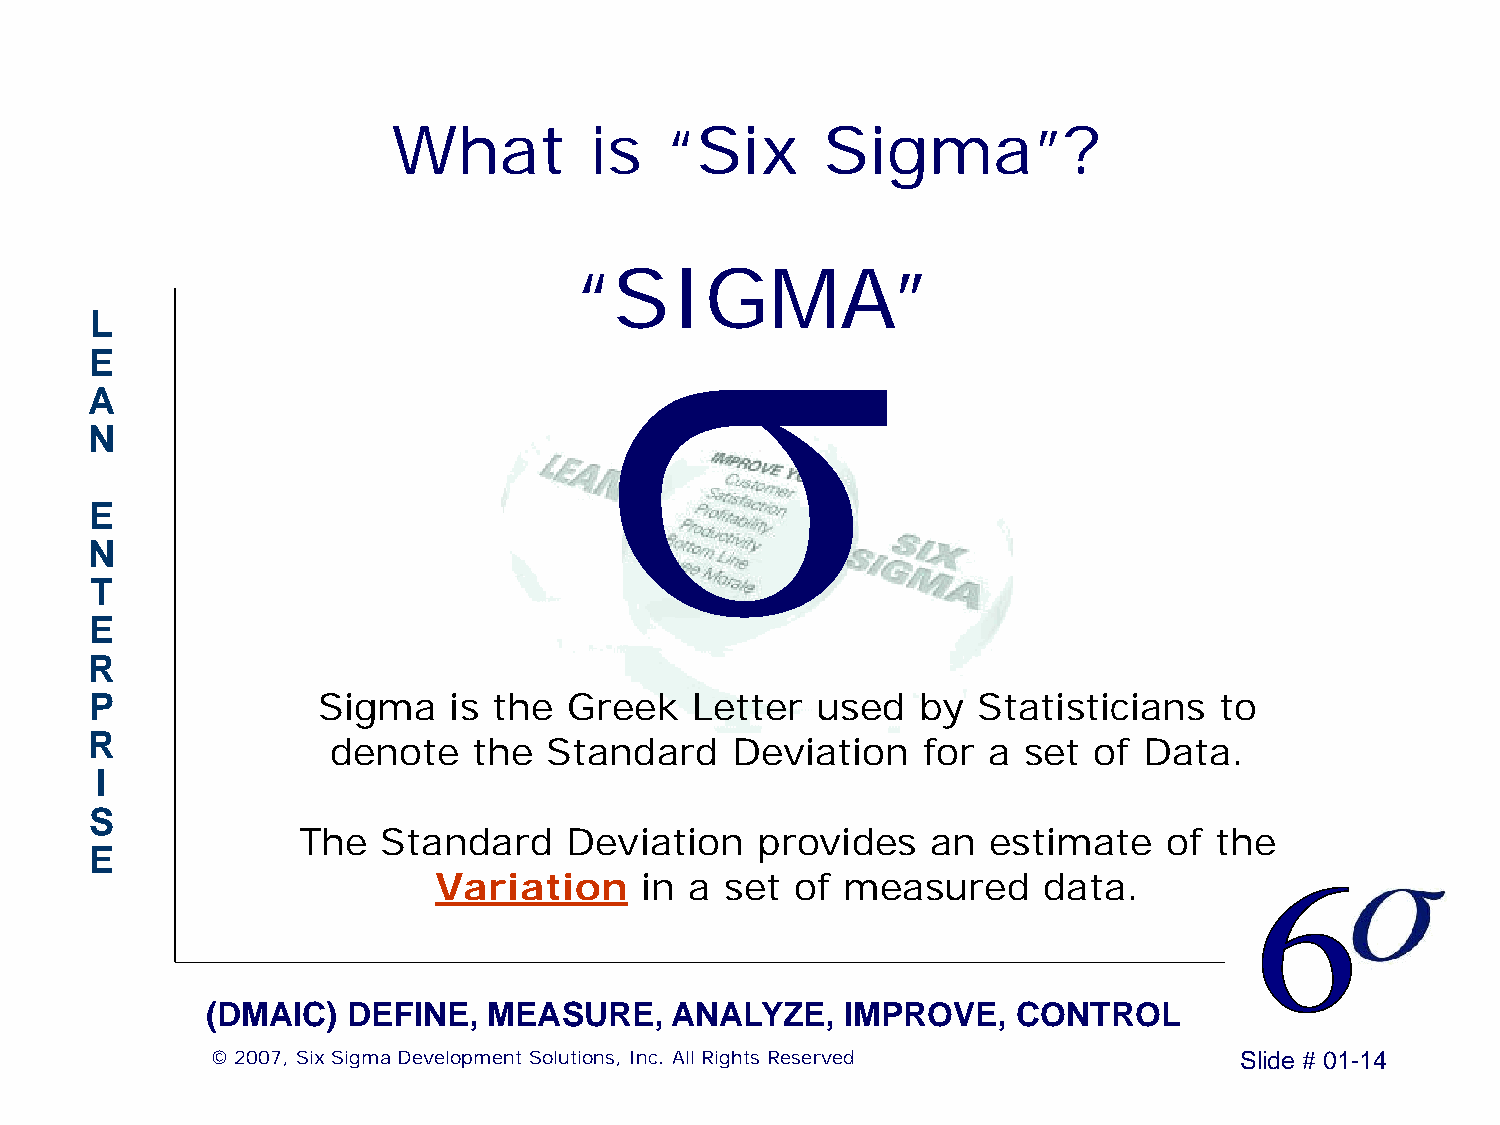
What         is   “Six       Sigma”?
 σ
 “SIGMA”
 L
 E
 A
 N
 E
 N
 T
 E
 R
 P              Sigma    is the  Greek   Letter  used   by  Statisticians   to
 R               denote   the  Standard    Deviation    for a  set of  Data.
 I
 S
 The  Standard    Deviation    provides    an  estimate   of the
 E
 Variation    in  a set  of measured     data.
 (DMAIC)  DEFINE,  MEASURE,    ANALYZE,    IMPROVE,   CONTROL
 © 2007, Six Sigma Development Solutions, Inc. All Rights Reserved   Slide # 01-14